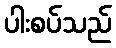
ပါးစပ်သည်